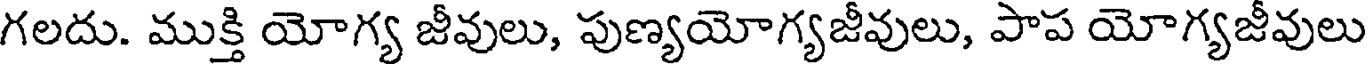
గలదు. ముక్తి యోగ్య జీవులు, పుణ్యయోగ్యజీవులు, పాప యోగ్యజీవులు